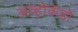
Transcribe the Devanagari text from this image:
अव्होकॅडो